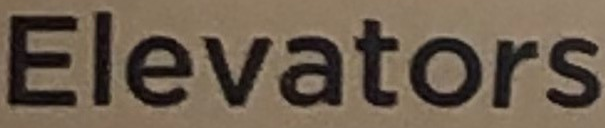
Elevators